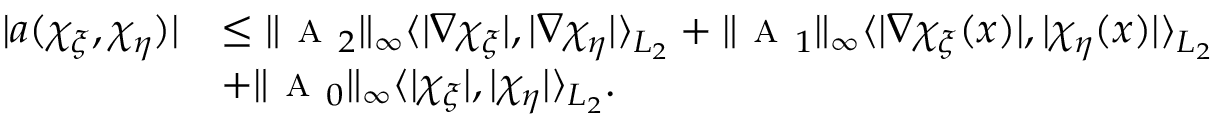
\begin{array} { r l } { | a ( \chi _ { \xi } , \chi _ { \eta } ) | } & { \le \| \textsc { a } _ { 2 } \| _ { \infty } \langle | \nabla \chi _ { \xi } | , | \nabla \chi _ { \eta } | \rangle _ { L _ { 2 } } + \| \textsc { a } _ { 1 } \| _ { \infty } \langle | \nabla \chi _ { \xi } ( x ) | , | \chi _ { \eta } ( x ) | \rangle _ { L _ { 2 } } } \\ & { + \| \textsc { a } _ { 0 } \| _ { \infty } \langle | \chi _ { \xi } | , | \chi _ { \eta } | \rangle _ { L _ { 2 } } . } \end{array}